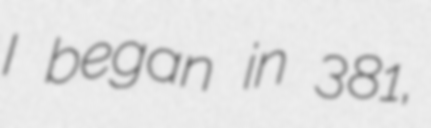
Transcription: I began in 381,